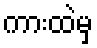
ကားထဲမှ